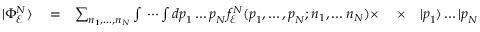
\begin{array} { r l r l r } { | \Phi _ { \mathcal E } ^ { N } \rangle } & { { } = } & { \sum _ { n _ { 1 } , \dots , n _ { N } } \int \, \cdots \int d \boldsymbol { p } _ { 1 } \dots \boldsymbol { p } _ { N } f _ { \mathcal E } ^ { N } ( \boldsymbol { p } _ { 1 } , \dots , \boldsymbol { p } _ { N } ; n _ { 1 } , \dots n _ { N } ) \times \ } & { { } \times } & { | \boldsymbol { p } _ { 1 } \rangle \dots | \boldsymbol { p } _ { N } \rangle | n _ { 1 } \rangle \dots | n _ { N } \rangle \, , } \end{array}